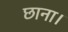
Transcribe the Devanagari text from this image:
छाना।